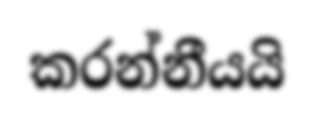
කරන්නීයයි